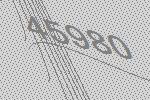
45980